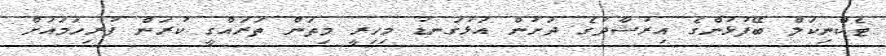
ޓެކްނިކަލް ބޭފުޅުންގެ އިރުޝާދުގެ ދަށުން އަޅުގަނޑު މިހިރީ މިތަން ތަރައްގީ ކުރަން ފުރިހަމައަށް